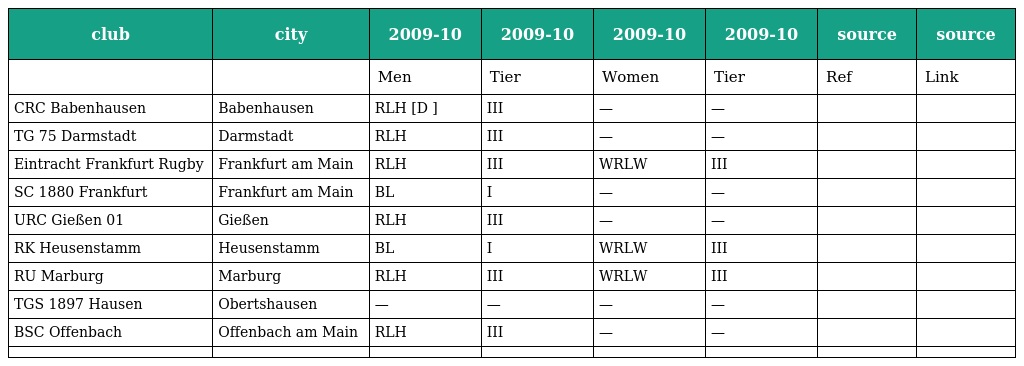
| club | city | 2009-10 | 2009-10 | 2009-10 | 2009-10 | source | source |
 | --- | --- | --- | --- | --- | --- | --- | --- |
 |  |  | Men | Tier | Women | Tier | Ref | Link |
 | CRC Babenhausen | Babenhausen | RLH [D ] | III | — | — |  |  |
 | TG 75 Darmstadt | Darmstadt | RLH | III | — | — |  |  |
 | Eintracht Frankfurt Rugby | Frankfurt am Main | RLH | III | WRLW | III |  |  |
 | SC 1880 Frankfurt | Frankfurt am Main | BL | I | — | — |  |  |
 | URC Gießen 01 | Gießen | RLH | III | — | — |  |  |
 | RK Heusenstamm | Heusenstamm | BL | I | WRLW | III |  |  |
 | RU Marburg | Marburg | RLH | III | WRLW | III |  |  |
 | TGS 1897 Hausen | Obertshausen | — | — | — | — |  |  |
 | BSC Offenbach | Offenbach am Main | RLH | III | — | — |  |  |
 |  |  |  |  |  |  |  |  |